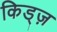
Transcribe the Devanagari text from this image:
किड्ज़